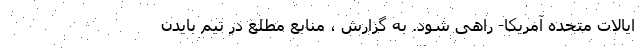
ایالات متحده آمریکا- راهی شود. به گزارش ، منابع مطلع در تیم بایدن